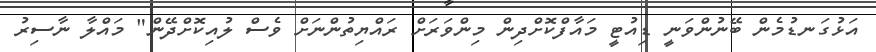
އަޅުގަނޑުމެން ބޭނުންވަނީ ޑިއުޓީ މައާފްކޮށްދިން މިންވަރަށް ރައްޔިތުންނަށް ވެސް ލުއިކޮށްދޭން" މައްލާ ނާސިރު